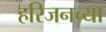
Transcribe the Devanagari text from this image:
हरिजनच्या